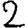
Digit: 2